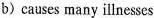
b) causes many illnesses